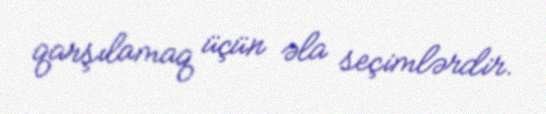
qarşılamaq üçün əla seçimlərdir.